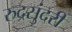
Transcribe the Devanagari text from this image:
रुद्रसुंदरी